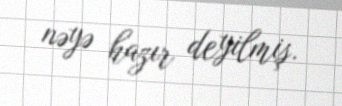
nəyə hazır deyilmiş.